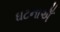
ઘટનાએઁ